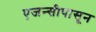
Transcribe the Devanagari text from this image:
एजन्सीपासून